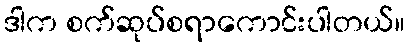
ဒါက စက်ဆုပ်စရာကောင်းပါတယ်။